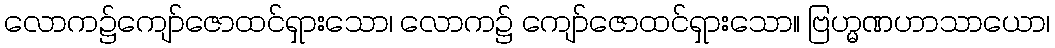
လောက၌ကျော်ဇောထင်ရှားသော၊ လောက၌ ကျော်ဇောထင်ရှားသော။ ဗြဟ္မဏဟာသာယော၊